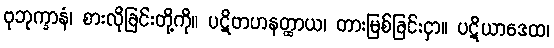
ဗုဘုက္ခာနံ၊ စားလိုခြင်းတို့ကို။ ပဋိဗာဟနတ္ထာယ၊ တားမြစ်ခြင်းငှာ။ ပဋိယာဒေထ၊